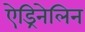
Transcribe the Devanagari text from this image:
ऐड्रिनेलिन